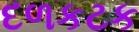
દળકટક